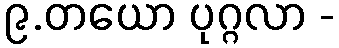
၉.တယော ပုဂ္ဂလာ -